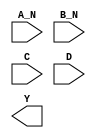
module sky130_fd_sc_lp__nand4bb (
    //# {{data|Data Signals}}
    input  A_N,
    input  B_N,
    input  C  ,
    input  D  ,
    output Y
);

    // Voltage supply signals
    supply1 VPWR;
    supply0 VGND;
    supply1 VPB ;
    supply0 VNB ;

endmodule